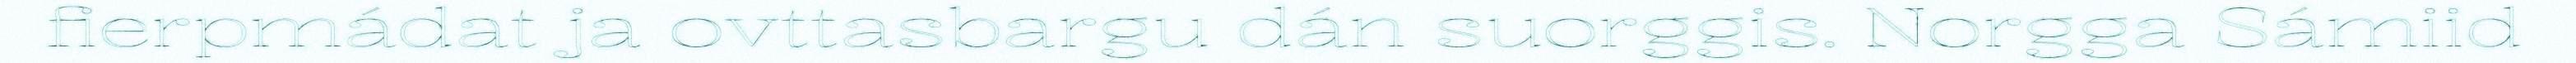
fierpmádat ja ovttasbargu dán suorggis. Norgga Sámiid